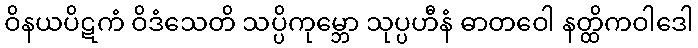
ဝိနယပိဋကံ ဝိဒံသေတိ သပ္ပိကုမ္ဘော သုပ္ပဟီနံ ဓာတဝေါ နတ္ထိကဝါဒေါ